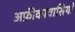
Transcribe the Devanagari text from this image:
अफ्रीकावासियों